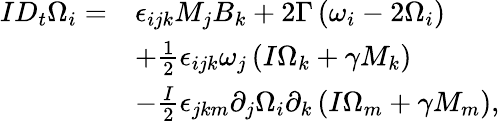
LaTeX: \begin{array}{rl}{ID_{t}\Omega_{i}=}&{\epsilon_{ijk}M_{j}B_{k}+2\Gamma\left(\omega_{i}-2\Omega_{i}\right)}\\ &{+\frac{1}{2}\epsilon_{ijk}\omega_{j}\left(I\Omega_{k}+\gamma M_{k}\right)}\\ &{-\frac{I}{2}\epsilon_{jkm}\partial_{j}\Omega_{i}\partial_{k}\left(I\Omega_{m}+\gamma M_{m}\right),}\end{array}